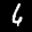
Label: 6